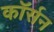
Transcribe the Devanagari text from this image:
कॉर्सन